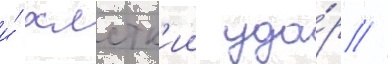
и́ хлстк'ии уда́р //